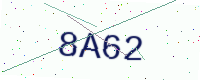
Text: 8A62